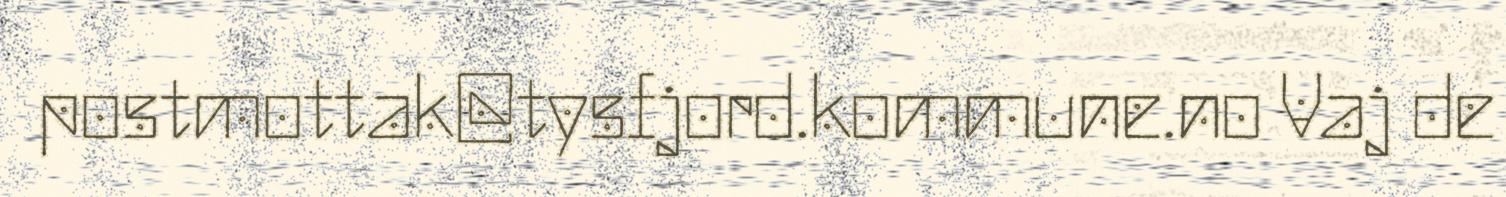
postmottak@tysfjord.kommune.no Vaj de